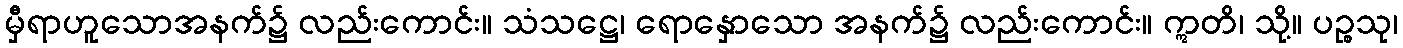
မှီရာဟူသောအနက်၌ လည်းကောင်း။ သံသဋ္ဌေ၊ ရောနှောသော အနက်၌ လည်းကောင်း။ ဣတိ၊ သို့။ ပဉ္စသု၊